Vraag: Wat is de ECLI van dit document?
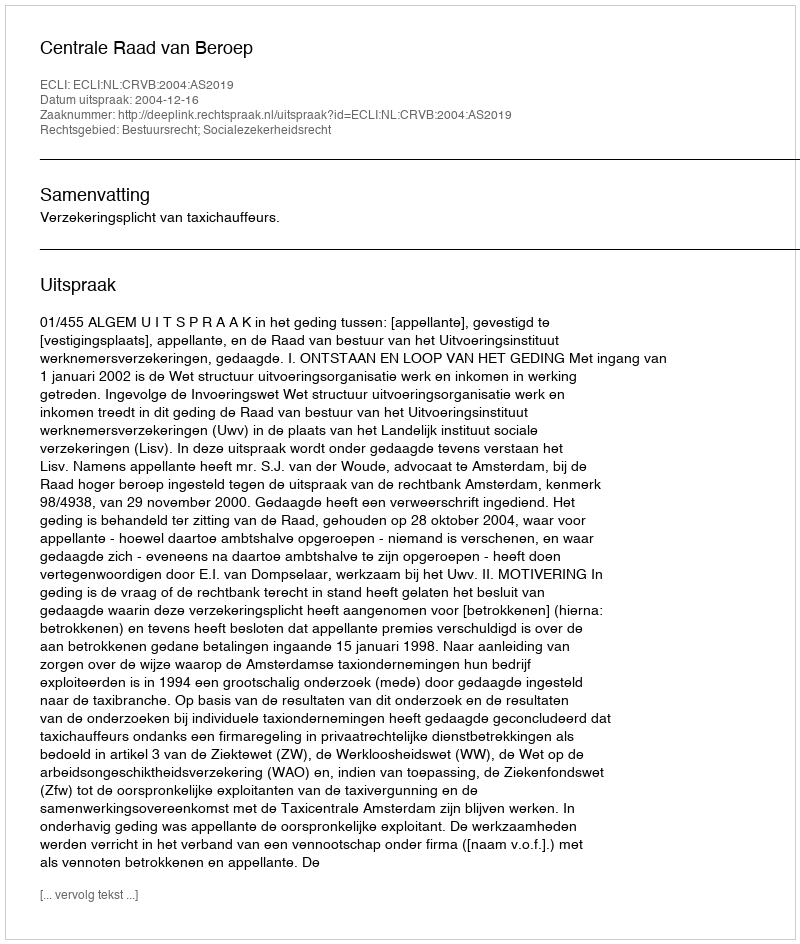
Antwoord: ECLI:NL:CRVB:2004:AS2019